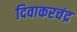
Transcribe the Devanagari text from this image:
दिवाकरचंद्र